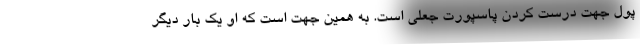
پول جهت درست کردن پاسپورت جعلی است. به همین جهت است که او یک بار دیگر